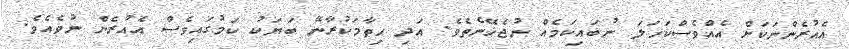
އެއުރެންނަކަށް އެއްވެސްކަހަލަ ނުބައިކަމެއް ނުޖެހޭނެތެވެ. އަދި ހިތާމަކުރާނޭ ބަޔަކު ކަމުގައިވެސް އެއުރެން ނުވެއެވެ.